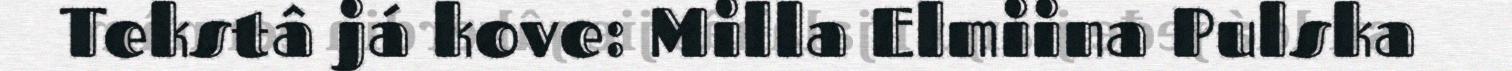
Tekstâ já kove: Milla Elmiina Pulska